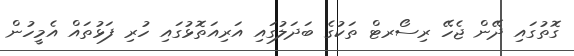
ގޮތުގައި ދޭން ޖެހޭ ރިސޯރޓް ތަކުގެ ބަދަލުގައި އަރިއަތޮޅުގައި ހުރި ފަޅުތައް އެމީހުން